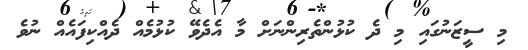
މި ސީޒަނުގައި މި ދެ ކުޅުންތެރިންނަށް މާ އެދެވޭ ކުޅުމެއް ދެއްކިފައެއް ނުވެ